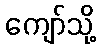
ကျော်သို့